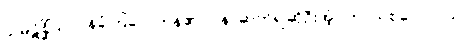
သမ္ပဋိစ္ဆိံသု၊ ဝန်ခံကြလေကုန်၏။ ပန၊ ဆက်၍ဆိုဦးအံ့။ တာယစဝေလာယ၊